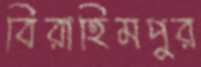
বিরাহিমপুর